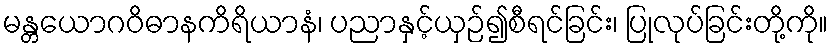
မန္တယောဂဝိဓာနကိရိယာနံ၊ ပညာနှင့်ယှဉ်၍စီရင်ခြင်း၊ ပြုလုပ်ခြင်းတို့ကို။